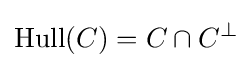
\operatorname {Hull} (C)=C\cap C^{\perp }